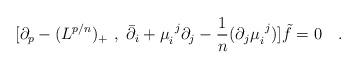
LaTeX: \begin{align*}[\partial_p - (L^{p/n})_+\ ,\ \bar\partial_i + \mu_i^{\ j}\partial_j-{1\over n} (\partial_j\mu_i^{\ j})]\tilde{f}=0\quad. \end{align*}